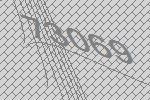
73069